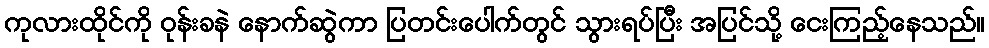
ကုလားထိုင်ကို ဝုန်းခနဲ နောက်ဆွဲကာ ပြတင်းပေါက်တွင် သွားရပ်ပြီး အပြင်သို့ ငေးကြည့်နေသည်။